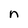
Character: n